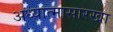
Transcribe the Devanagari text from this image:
अध्यात्मासारखा